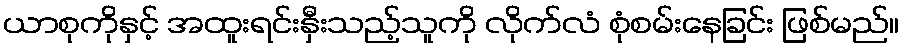
ယာစုကိုနှင့် အထူးရင်းနှီးသည့်သူကို လိုက်လံ စုံစမ်းနေခြင်း ဖြစ်မည်။